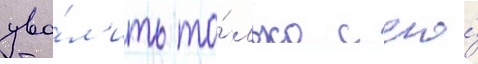
уво́л'ить то́лько с его́